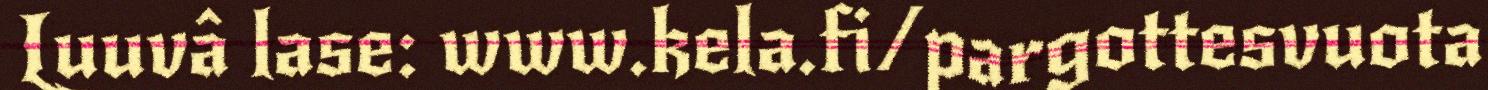
Luuvâ lase: www.kela.fi/pargottesvuota